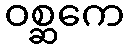
ဝစ္ဆကေ